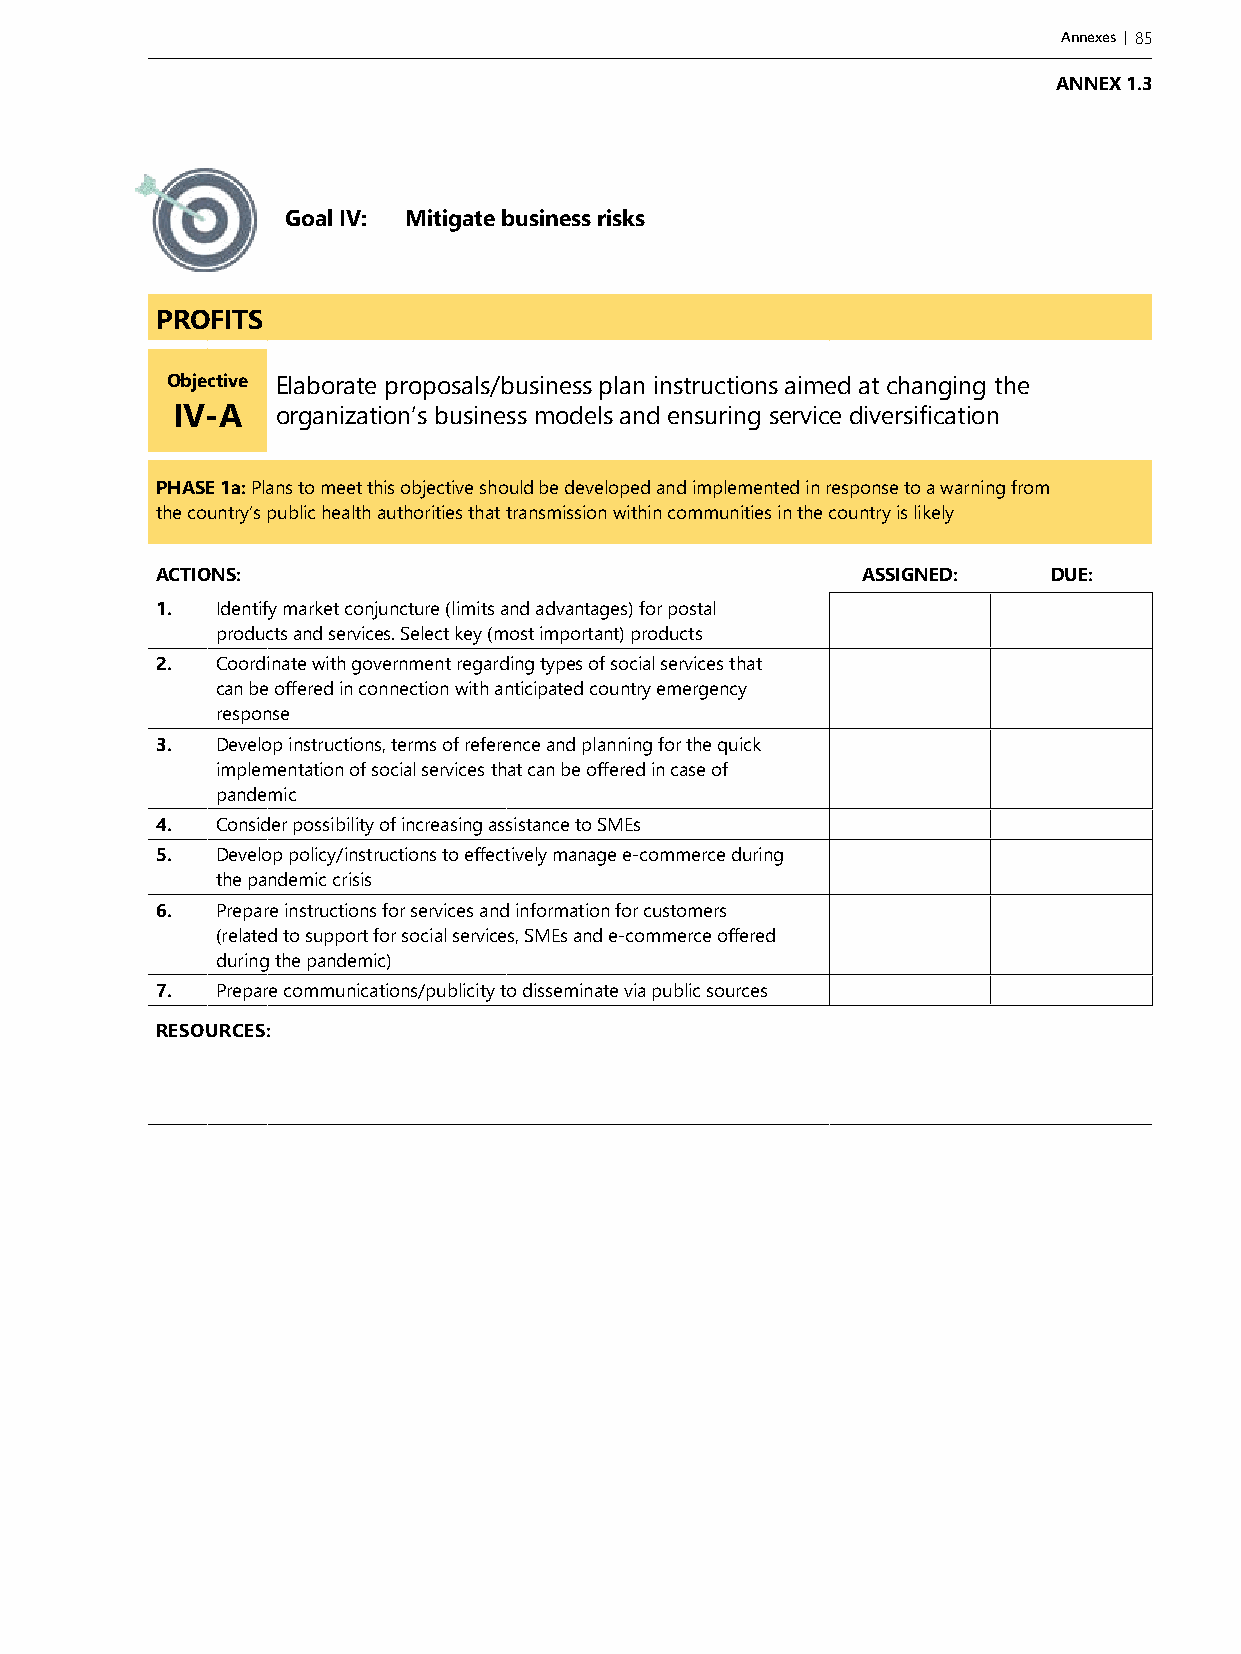
Annexes | 85
 ANNEX 1.3
 Goal IV: Mitigate business risks
 PROFITS
 Objective Elaborate proposals/business plan instructions aimed at changing the
 IV-A   organization’s business models and ensuring service diversification
 PHASE 1a: Plans to meet this objective should be developed and implemented in response to a warning from
 the country’s public health authorities that transmission within communities in the country is likely
 ACTIONS:                                       ASSIGNED:    DUE:
 1.  Identify market conjuncture (limits and advantages) for postal
 products and services. Select key (most important) products
 2.  Coordinate with government regarding types of social services that
 can be offered in connection with anticipated country emergency
 response
 3.  Develop instructions, terms of reference and planning for the quick
 implementation of social services that can be offered in case of
 pandemic
 4.  Consider possibility of increasing assistance to SMEs
 5.  Develop policy/instructions to effectively manage e-commerce during
 the pandemic crisis
 6.  Prepare instructions for services and information for customers
 (related to support for social services, SMEs and e-commerce offered
 during the pandemic)
 7.  Prepare communications/publicity to disseminate via public sources
 RESOURCES: